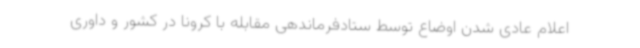
اعلام عادی شدن اوضاع توسط ستادفرماندهی مقابله با کرونا در کشور و داوری